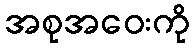
အစုအဝေးကို